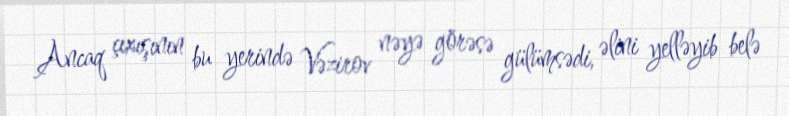
Ancaq çıxışının bu yerində Vəzirov nəyə görəsə gülümsədi, əlini yelləyib belə